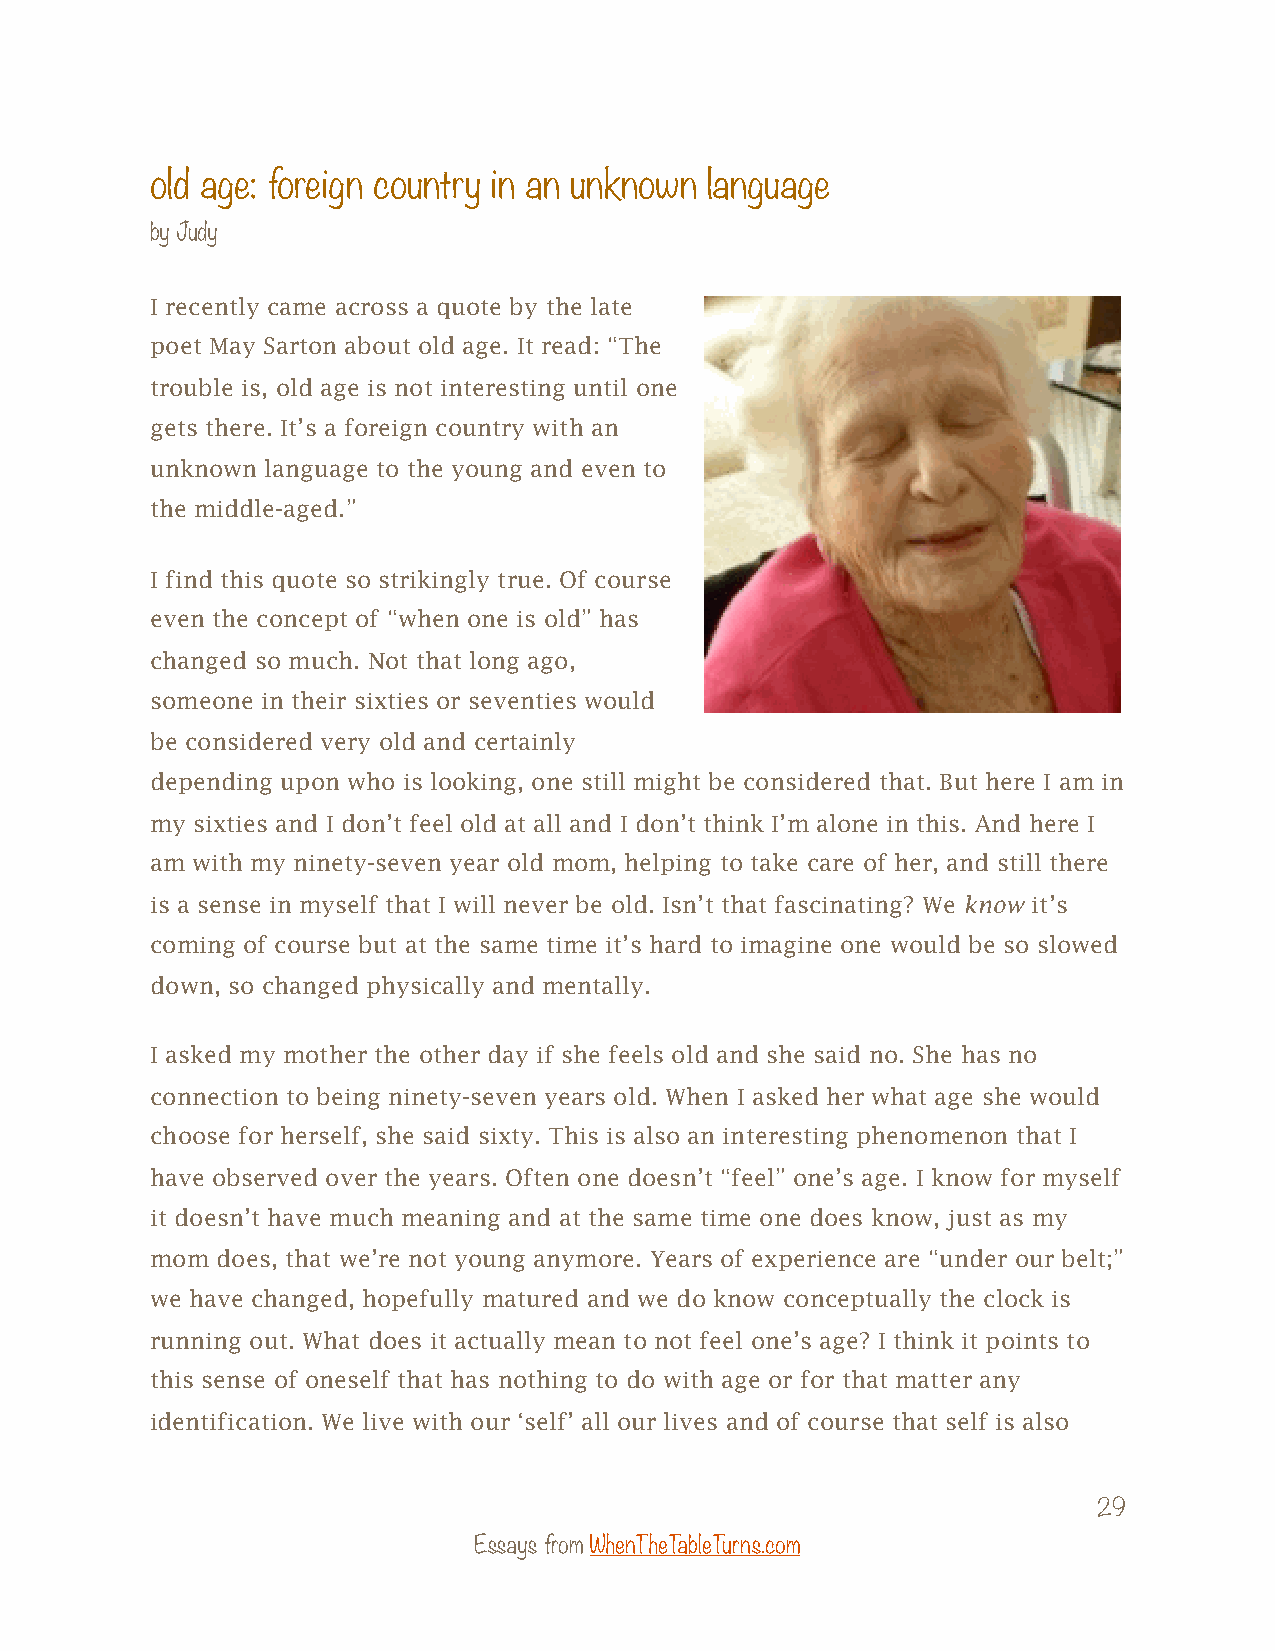
old age: foreign country in an unknown language
 by Judy
 I recently came across a quote by the late
 poet May Sarton about old age. It read: “The
 trouble is, old age is not interesting until one
 gets there. It’s a foreign country with an
 unknown language to the young and even to
 the middle-aged.”
 I find this quote so strikingly true. Of course
 even the concept of “when one is old” has
 changed so much. Not that long ago,
 someone in their sixties or seventies would
 be considered very old and certainly
 depending upon who is looking, one still might be considered that. But here I am in
 my sixties and I don’t feel old at all and I don’t think I’m alone in this. And here I
 am with my ninety-seven year old mom, helping to take care of her, and still there
 is a sense in myself that I will never be old. Isn’t that fascinating? We know it’s
 coming of course but at the same time it’s hard to imagine one would be so slowed
 down, so changed physically and mentally.
 I asked my mother the other day if she feels old and she said no. She has no
 connection to being ninety-seven years old. When I asked her what age she would
 choose for herself, she said sixty. This is also an interesting phenomenon that I
 have observed over the years. Often one doesn’t “feel” one’s age. I know for myself
 it doesn’t have much meaning and at the same time one does know, just as my
 mom does, that we’re not young anymore. Years of experience are “under our belt;”
 we have changed, hopefully matured and we do know conceptually the clock is
 running out. What does it actually mean to not feel one’s age? I think it points to
 this sense of oneself that has nothing to do with age or for that matter any
 identification. We live with our ‘self’ all our lives and of course that self is also
 29
 Essays from WhenTheTableTurns.com